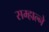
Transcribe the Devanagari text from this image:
सम्हाल्ने